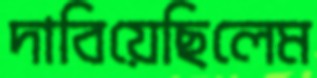
দাবিয়েছিলেম